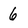
Character: 6